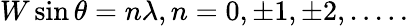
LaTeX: W\sin\theta=n\lambda,n=0,\pm 1,\pm 2,.....